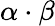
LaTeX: {\alpha\cdot\beta}